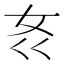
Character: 𱙃